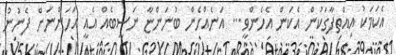
އެކަމަކު އިއްތިފާގަކުން އެކަން އެހެންވީ... އަނެއްހެން ބުނަންޏާ ނަސީބެއް އެއީ އަހަންނަށް ފެނުނު